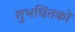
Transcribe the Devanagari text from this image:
शुभचिंतको